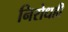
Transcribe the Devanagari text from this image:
निरोधही